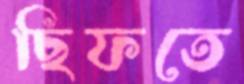
ছিফতে